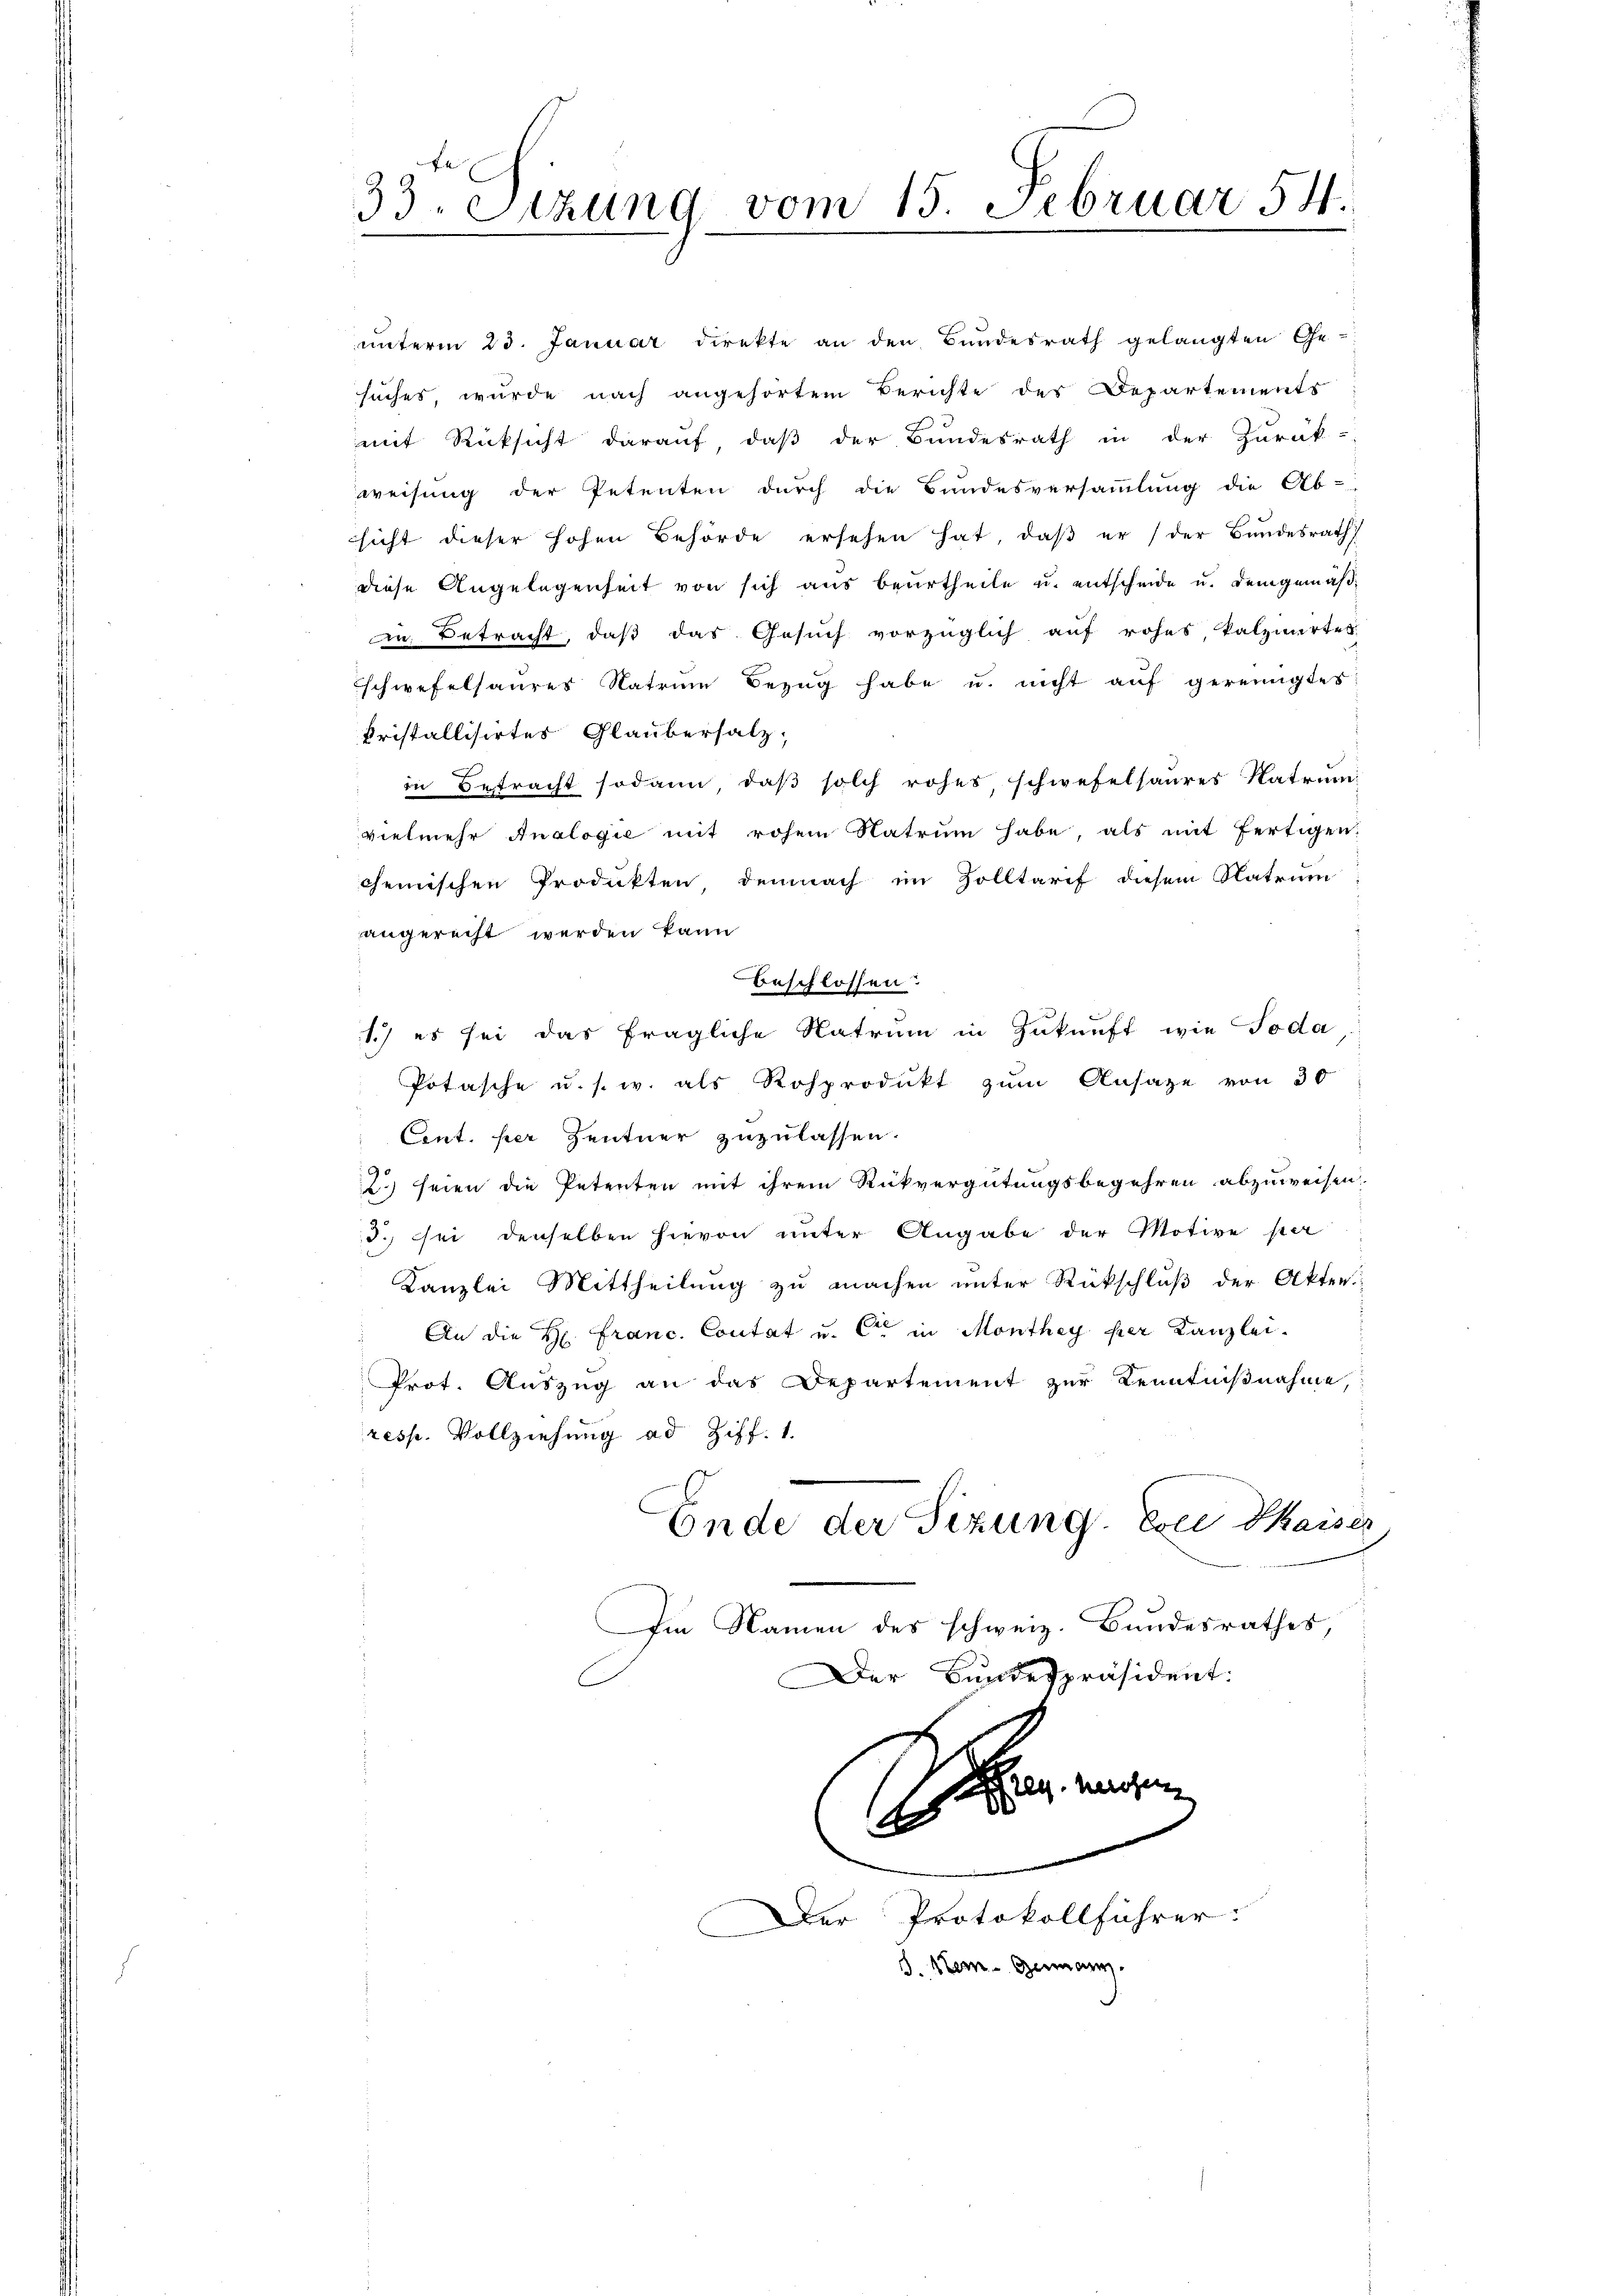
33. Sitzung vom 15. Februar 54.
.

ŭnterm 23. Januar direkte an den Bŭndesrath gelangten Ge-
suches, wurde nach angehörtem Berichte des Departements
mit Rücksicht darauf, daß der Bundesrath in der Zurük-
weisung der Petenten durch die Bundesversammlung die Ab-
sicht dieser hohen Behörde ersehen hat, daβ er / der Bŭndesrath
diese Angelegenheit von sich aus beurtheile u. entscheide u. demgemäßin Betracht, daß das Gesuch vorzüglich auf rohes kalzmirtes
schwefelsaures Natria Bezug habe u. nicht auf gereinigtes
kristallisirtes Glaubersalz,
in Betracht sodann, daß solch rohes, schwefelsaures Natrum-
vielmehr Analogie mit rohen Natrum habe, als mit fertigen:
chemischen Produkten, demnach im Zolltarif diesem Natrum:
angerecht werden kann
beschlossen.
1.) es sei das fragliche Natrum in Zukunft wie soda
Potasche u. s. w. als Rosprodukt zum Ansage von 30
Cent. per Zentner zuzulassen.
2) seien die Petenten mit ihrem Rückvergütungsbegehren abzuweisen,
3. sei denselben hievon unter Angabe der Motive per
Kanzlei Mittheilung zu machen unter Rückschluß der Akten.
An die H. Franc. Contat u. Cie in Monthey per Kanzlei.
Prot. Auszug an das Departement zur Kenntnißnahme,
resp. Vollziehung ad Ziff. 1.
Ende der Sizung. Esci Phaiser
Im Namen des schweiz. Bundesrathes,
Der Bundespräsident:
Reg. Herosen
14 x
.
Der Protokollführer:
.
d. Stern. Gen